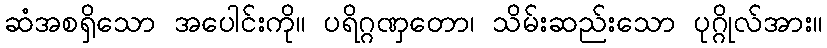
ဆံအစရှိသော အပေါင်းကို။ ပရိဂ္ဂဏှတော၊ သိမ်းဆည်းသော ပုဂ္ဂိုလ်အား။